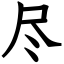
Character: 尽